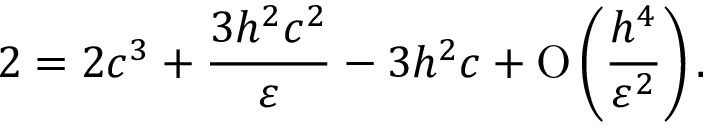
2 = 2 c ^ { 3 } + \frac { 3 h ^ { 2 } c ^ { 2 } } { \varepsilon } - 3 h ^ { 2 } c + \ensuremath { \operatorname { O } \left( \frac { h ^ { 4 } } { \varepsilon ^ { 2 } } \right) } .